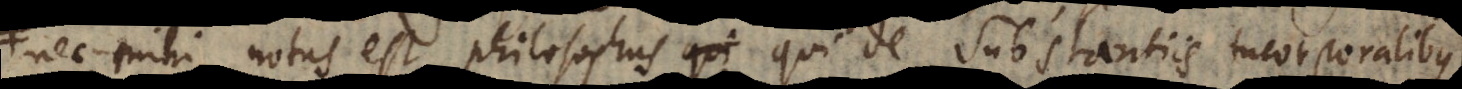
nec mihi notus est philosophus qui de Substantiis incorporalibus